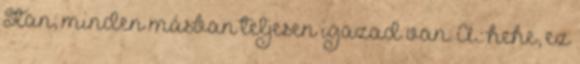
Stan; minden másban teljesen igazad van: A.: hehe, ez